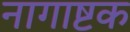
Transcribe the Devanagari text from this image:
नागाष्टक